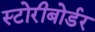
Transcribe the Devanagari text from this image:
स्टोरीबोर्डर